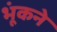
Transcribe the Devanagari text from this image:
भूंकने